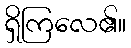
ရှိကြလေ၏။